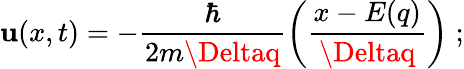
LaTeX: \mathbf{u}(x,t)=-\frac{{\hbar}}{{2m\Deltaq}}\left(\frac{{x-E(q)}}{{\Deltaq}}\right)\; ;